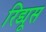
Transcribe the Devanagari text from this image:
रिड्यूस